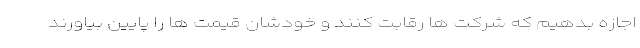
اجازه بدهیم که شرکت ها رقابت کنند و خودشان قیمت ها را پایین بیاورند